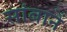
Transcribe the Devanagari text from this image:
सांबानें